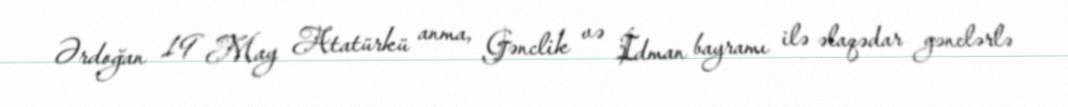
Ərdoğan 19 May Atatürkü anma, Gənclik və İdman bayramı ilə əlaqədar gənclərlə